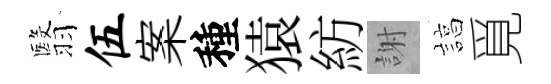
翳伍案種猿紡謝諄覓